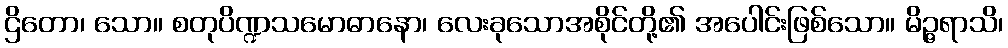
ဌိတော၊ သော။ စတုပိဏ္ဍသမောဓာနော၊ လေးခုသောအစိုင်တို့၏ အပေါင်းဖြစ်သော။ မိဉ္ဇရာသိ၊